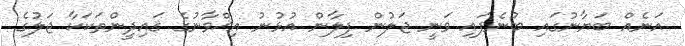
އަނެއް ބަޔާނުގައި ބުނެފައި ވަނީ ޖަލުން ފިލާން އުޅުނު އިޚްވާނުގެ ޤައިދީންތަކަކާ ޖަލުގެ